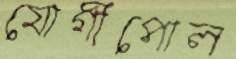
যোগীপোল